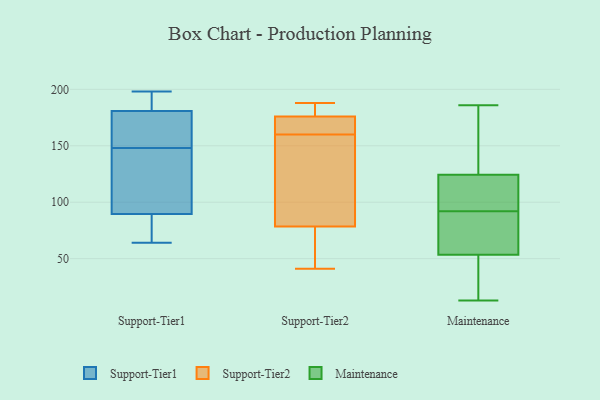
{"axis": {"x": "Churn Rate (%)", "y": "Value"}, "legend": ["Maintenance", "Support-Tier1", "Support-Tier2"], "data": [{"x": "", "y": 97, "type": "Support-Tier1"}, {"x": "", "y": 82, "type": "Support-Tier1"}, {"x": "", "y": 182, "type": "Support-Tier1"}, {"x": "", "y": 64, "type": "Support-Tier1"}, {"x": "", "y": 198, "type": "Support-Tier1"}, {"x": "", "y": 87, "type": "Support-Tier1"}, {"x": "", "y": 177, "type": "Support-Tier1"}, {"x": "", "y": 148, "type": "Support-Tier1"}, {"x": "", "y": 152, "type": "Support-Tier1"}, {"x": "", "y": 184, "type": "Support-Tier1"}, {"x": "", "y": 118, "type": "Support-Tier1"}, {"x": "", "y": 184, "type": "Support-Tier2"}, {"x": "", "y": 170, "type": "Support-Tier2"}, {"x": "", "y": 188, "type": "Support-Tier2"}, {"x": "", "y": 41, "type": "Support-Tier2"}, {"x": "", "y": 62, "type": "Support-Tier2"}, {"x": "", "y": 125, "type": "Support-Tier2"}, {"x": "", "y": 166, "type": "Support-Tier2"}, {"x": "", "y": 63, "type": "Support-Tier2"}, {"x": "", "y": 160, "type": "Support-Tier2"}, {"x": "", "y": 178, "type": "Support-Tier2"}, {"x": "", "y": 139, "type": "Support-Tier2"}, {"x": "", "y": 67, "type": "Maintenance"}, {"x": "", "y": 122, "type": "Maintenance"}, {"x": "", "y": 159, "type": "Maintenance"}, {"x": "", "y": 91, "type": "Maintenance"}, {"x": "", "y": 13, "type": "Maintenance"}, {"x": "", "y": 81, "type": "Maintenance"}, {"x": "", "y": 120, "type": "Maintenance"}, {"x": "", "y": 125, "type": "Maintenance"}, {"x": "", "y": 14, "type": "Maintenance"}, {"x": "", "y": 141, "type": "Maintenance"}, {"x": "", "y": 49, "type": "Maintenance"}, {"x": "", "y": 92, "type": "Maintenance"}, {"x": "", "y": 22, "type": "Maintenance"}, {"x": "", "y": 22, "type": "Maintenance"}, {"x": "", "y": 112, "type": "Maintenance"}, {"x": "", "y": 173, "type": "Maintenance"}, {"x": "", "y": 120, "type": "Maintenance"}, {"x": "", "y": 186, "type": "Maintenance"}, {"x": "", "y": 90, "type": "Maintenance"}]}